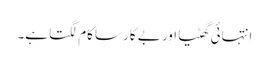
انتہائی گھٹیا اور بے کار ساکام لگتا ہے۔